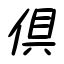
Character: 倶